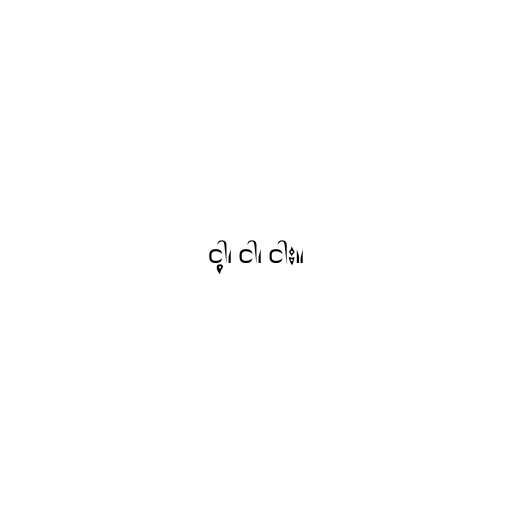
ငါ့၊ ငါ၊ ငါး။